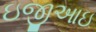
ઇજીઆઇ